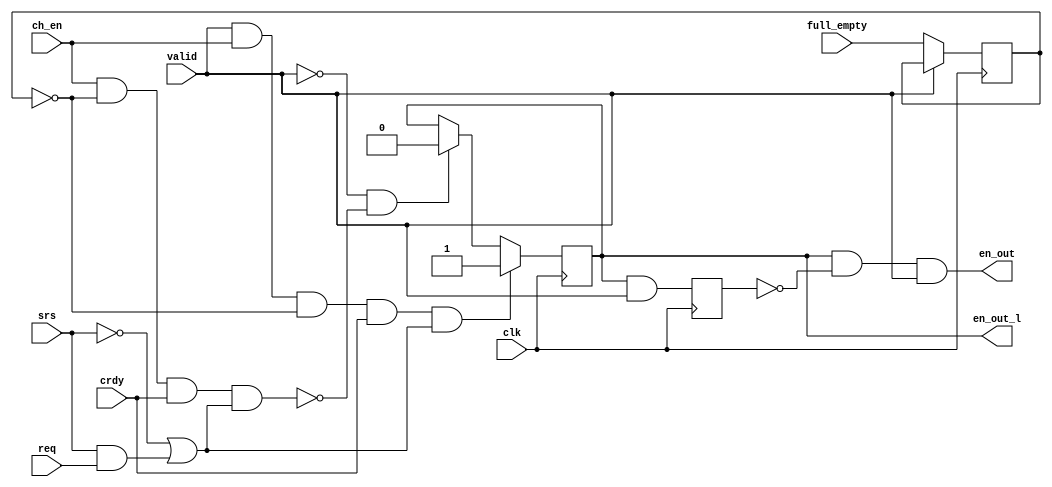
module ac97_fifo_ctrl(	clk, 
			valid, ch_en, srs, full_empty, req, crdy,
			en_out, en_out_l
			);
input		clk;
input		valid;
input		ch_en;		// Channel Enable
input		srs;		// Sample Rate Select
input		full_empty;	// Fifo Status
input		req;		// Codec Request
input		crdy;		// Codec Ready
output		en_out;		// Output read/write pulse
output		en_out_l;	// Latched Output

////////////////////////////////////////////////////////////////////
//
// Local Wires
//

reg	en_out_l, en_out_l2;
reg	full_empty_r;

////////////////////////////////////////////////////////////////////
//
// Misc Logic
//

always @(posedge clk)
	if(!valid)	full_empty_r <= #1 full_empty;

always @(posedge clk)
	if(valid & ch_en & !full_empty_r & crdy & (!srs | (srs & req) ) )
		en_out_l <= #1 1'b1;
	else
	if(!valid & !(ch_en & !full_empty_r & crdy & (!srs | (srs & req) )) )
		en_out_l <= #1 1'b0;

always @(posedge clk)
	en_out_l2 <= #1 en_out_l & valid;

assign en_out = en_out_l & !en_out_l2 & valid;

endmodule